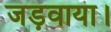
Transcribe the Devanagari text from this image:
जड़वाया।